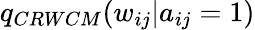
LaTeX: q_{CRWCM}(w_{ij}|a_{ij}=1)